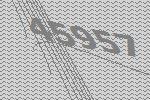
45957